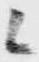
候